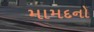
મામદનો